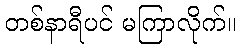
တစ်နာရီပင် မကြာလိုက်။